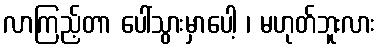
လာကြည့်တာ ပေါ်သွားမှာပေါ့ ၊ မဟုတ်ဘူးလား